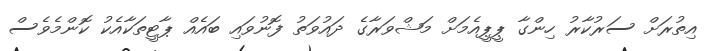
އިތުރަށް ސަރުކާރު ހިންގާ ޕީޕީއެމަށް މަޝްވަރާގެ ދައުވަތު ފޮނުވައި ބައެއް ޕާޓީތަކާއެކު ކޮންމެވެސް